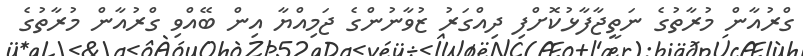
ގްރުއާން މުރާތުގެ ނަތީޖާފާޅުކޮށްފި ދިއްގަރު ޒުވާނުންގެ ޖަމިއްޔާ އިން ބޭއްވި ގްރުއާން މުރާތުގެ